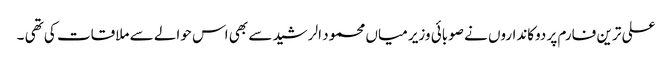
علی ترین فارم پر دوکانداروں نے صوبائی وزیر میاں محمود الرشید سے بھی اس حوالے سے ملاقات کی تھی ۔